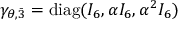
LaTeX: \gamma _ { \theta , \bar { 3 } } = \mathrm { d i a g } ( I _ { 6 } , \alpha I _ { 6 } , \alpha ^ { 2 } I _ { 6 } )